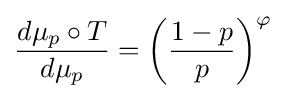
{\frac {d\mu _{p}\circ T}{d\mu _{p}}}=\left({\frac {1-p}{p}}\right)^{\varphi }